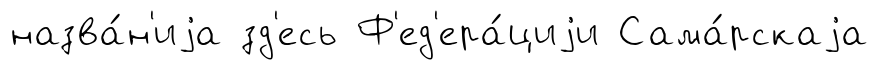
назва́н'иjа зд'есь Ф'ед'ера́циjи Сама́рскаjа